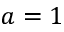
a = 1